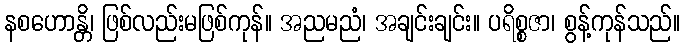
နစဟောန္တိ၊ ဖြစ်လည်းမဖြစ်ကုန်။ အညမညံ၊ အချင်းချင်း။ ပရိစ္စဇာ၊ စွန့်ကုန်သည်။